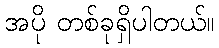
အပို တစ်ခုရှိပါတယ်။